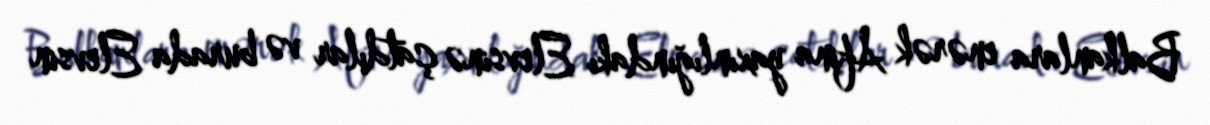
Balkanlara enərək Afina yaxınlığındakı Elevsinə çatdılar və burada Elevsin